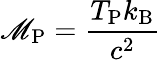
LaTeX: \mathscr{M}_{\mathrm{{P}}}={\frac{{T_{\mathrm{{P}}}k_{\mathrm{{B}}}}}{{c^{2}}}}